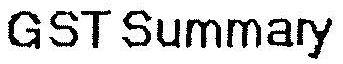
GST SUMMARY